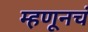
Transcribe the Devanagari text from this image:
म्हणूनचं